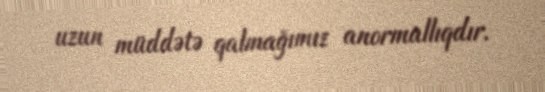
uzun müddətə qalmağımız anormallıqdır.